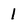
Character: 1